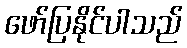
ဖော်ပြနိုင်ပါသည်